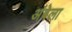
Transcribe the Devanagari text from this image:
अंबेला